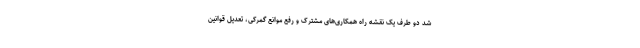
شد دو طرف یک نقشه راه همکاری‌های مشترک و رفع موانع گمرکی، تعدیل قوانین